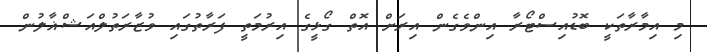
މި އިމާރާތަކީ ބޮޑުއިސްޓޯރާ އިންވެގެން އިރަށް އޮތް ގޯޅީގެ އިރުމަތީ ފަރާތުގައި ވުޒާރަތުލްއަޝްޣާލުން